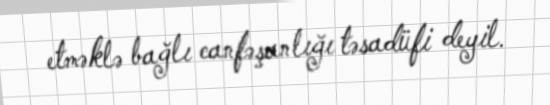
etməklə bağlı canfəşanlığı təsadüfi deyil.